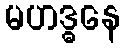
မဟဒ္ဓနေ